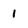
Character: 1